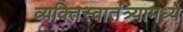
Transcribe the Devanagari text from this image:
व्यक्तिस्वातंत्र्यामध्ये